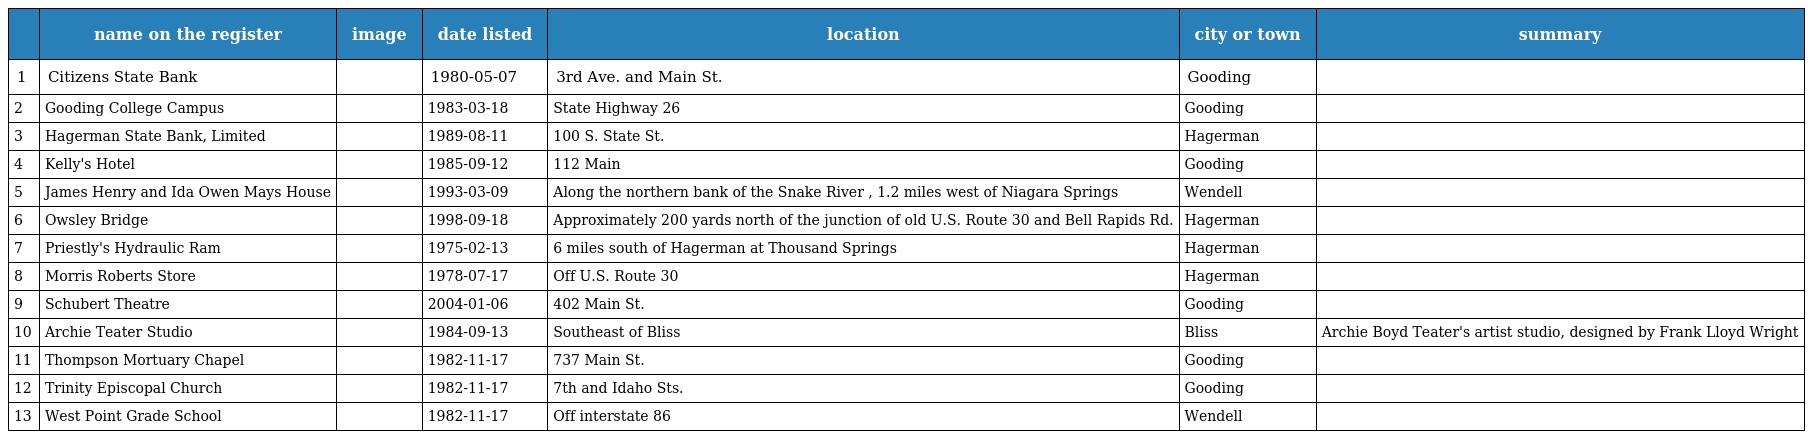
|  | name on the register | image | date listed | location | city or town | summary |
 | --- | --- | --- | --- | --- | --- | --- |
 | 1 | Citizens State Bank |  | 1980-05-07 | 3rd Ave. and Main St. | Gooding |  |
 | 2 | Gooding College Campus |  | 1983-03-18 | State Highway 26 | Gooding |  |
 | 3 | Hagerman State Bank, Limited |  | 1989-08-11 | 100 S. State St. | Hagerman |  |
 | 4 | Kelly's Hotel |  | 1985-09-12 | 112 Main | Gooding |  |
 | 5 | James Henry and Ida Owen Mays House |  | 1993-03-09 | Along the northern bank of the Snake River , 1.2 miles west of Niagara Springs | Wendell |  |
 | 6 | Owsley Bridge |  | 1998-09-18 | Approximately 200 yards north of the junction of old U.S. Route 30 and Bell Rapids Rd. | Hagerman |  |
 | 7 | Priestly's Hydraulic Ram |  | 1975-02-13 | 6 miles south of Hagerman at Thousand Springs | Hagerman |  |
 | 8 | Morris Roberts Store |  | 1978-07-17 | Off U.S. Route 30 | Hagerman |  |
 | 9 | Schubert Theatre |  | 2004-01-06 | 402 Main St. | Gooding |  |
 | 10 | Archie Teater Studio |  | 1984-09-13 | Southeast of Bliss | Bliss | Archie Boyd Teater's artist studio, designed by Frank Lloyd Wright |
 | 11 | Thompson Mortuary Chapel |  | 1982-11-17 | 737 Main St. | Gooding |  |
 | 12 | Trinity Episcopal Church |  | 1982-11-17 | 7th and Idaho Sts. | Gooding |  |
 | 13 | West Point Grade School |  | 1982-11-17 | Off interstate 86 | Wendell |  |